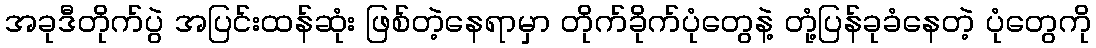
အခုဒီတိုက်ပွဲ အပြင်းထန်ဆုံး ဖြစ်တဲ့နေရာမှာ တိုက်ခိုက်ပုံတွေနဲ့ တုံ့ပြန်ခုခံနေတဲ့ ပုံတွေကို